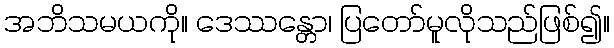
အဘိသမယကို။ ဒေဿန္တော၊ ပြတော်မူလိုသည်ဖြစ်၍။